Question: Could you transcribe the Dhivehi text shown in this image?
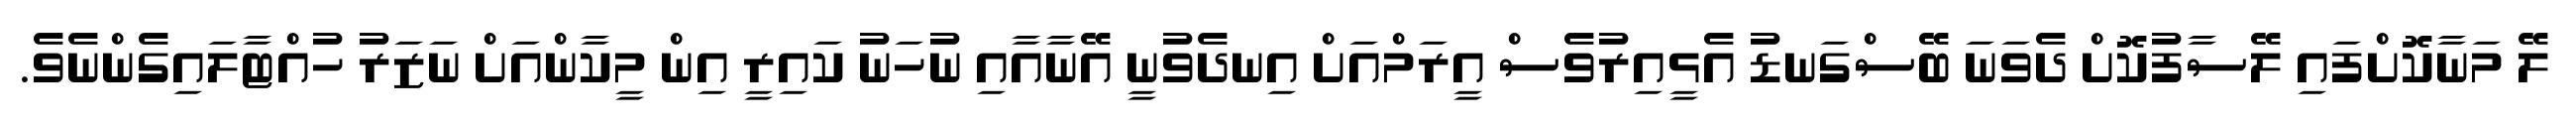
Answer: ލޭ މަނާކޮށްފައި ލޭސާފުކޮށް ދެވަނަ ބޭސްގަނޑު އެޅީއިރުވެސް އީރަމްއަށް އިނދެވުނީ އޭނާއާއި ނުހަނު ކައިރީ އިން މީކާންއަށް ނަޒަރު ހުއްޓާލައިގެންނެވެ.